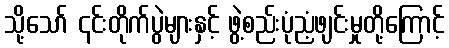
သို့သော် ၎င်းတိုက်ပွဲများနှင့် ဖွဲ့စည်းပုံညံ့ဖျင်းမှုတို့ကြောင့်